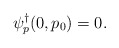
\begin{align*}\psi^\dagger_p(0,p_0) = 0.\end{align*}